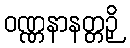
ဝဏ္ဏနာနတ္တဉှိ